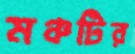
মঞ্চটির